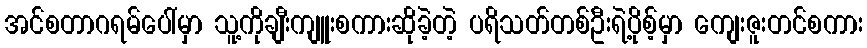
အင်စတာဂရမ်ပေါ်မှာ သူ့ကိုချီးကျူးစကားဆိုခဲ့တဲ့ ပရိသတ်တစ်ဦးရဲ့ပိုစ့်မှာ ကျေးဇူးတင်စကား